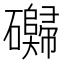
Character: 𰧬